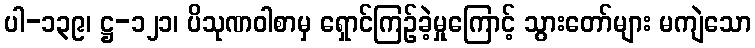
ပါ-၁၃၉၊ ဋ္ဌ-၁၂၁၊ ပိသုဏဝါစာမှ ရှောင်ကြဉ်ခဲ့မှုကြောင့် သွားတော်များ မကျဲသော